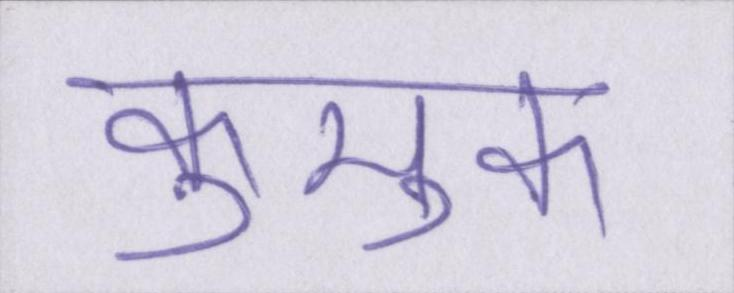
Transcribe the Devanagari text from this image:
कुमुक